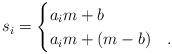
LaTeX: \begin{align*}s_i = \begin{cases} a_i m +b & {}\\a_im +(m-b) &{}.\end{cases}\end{align*}